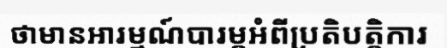
ថាមានអារម្មណ៍បារម្ភអំពីប្រតិបត្តិការ